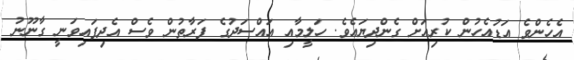
އެހެންވެ އަޑުއެހުން ކުރިއަށް ގެންދިޔައެވެ. ހަލީމާއި އައްސަދުގެ ފަރާތުން ވެސް އެދިފައިވަނީ ގާނޫނު